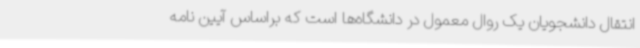
انتقال دانشجویان یک روال معمول در دانشگاه‌ها است که براساس آیین نامه